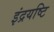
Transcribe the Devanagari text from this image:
इंद्रयष्टि